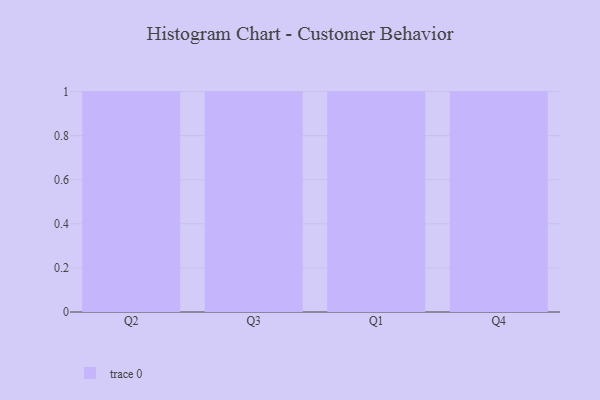
{"axis": {"x": "Quarter", "y": "Customer Acquisition Cost (USD)"}, "legend": [""], "data": [{"x": "Q2", "y": 76, "type": ""}, {"x": "Q3", "y": 10, "type": ""}, {"x": "Q1", "y": 64, "type": ""}, {"x": "Q4", "y": 37, "type": ""}]}